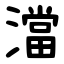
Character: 澢